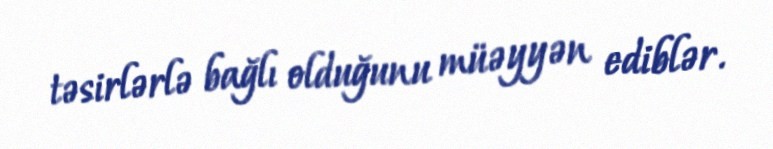
təsirlərlə bağlı olduğunu müəyyən ediblər.